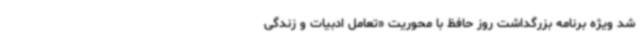
شد ویژه برنامه بزرگداشت روز حافظ با محوریت «تعامل ادبیات و زندگی